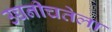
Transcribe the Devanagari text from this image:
उच्चनीचतेला